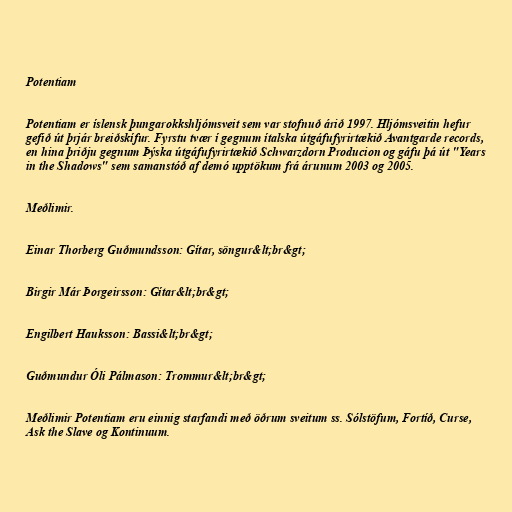
Potentiam

Potentiam er íslensk þungarokkshljómsveit sem var stofnuð árið 1997. Hljómsveitin hefur
gefið út þrjár breiðskífur. Fyrstu tvær í gegnum ítalska útgáfufyrirtækið Avantgarde records,
en hina þriðju gegnum Þýska útgáfufyrirtækið Schwarzdorn Producion og gáfu þá út "Years
in the Shadows" sem samanstóð af demó upptökum frá árunum 2003 og 2005.

Meðlimir.

Einar Thorberg Guðmundsson: Gítar, söngur&lt;br&gt;

Birgir Már Þorgeirsson: Gítar&lt;br&gt;

Engilbert Hauksson: Bassi&lt;br&gt;

Guðmundur Óli Pálmason: Trommur&lt;br&gt;

Meðlimir Potentiam eru einnig starfandi með öðrum sveitum ss. Sólstöfum, Fortíð, Curse,
Ask the Slave og Kontinuum.